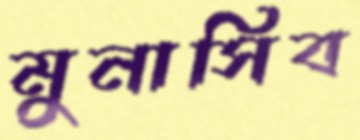
মুনাসিব